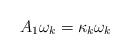
LaTeX: \begin{align*}A_1\omega_k=\kappa_k \omega_k\end{align*}